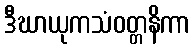
ဒီဃာယုကသံဝတ္တနိကာ